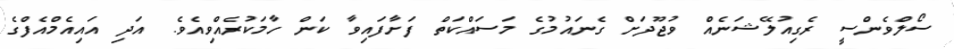
ސޯލްވެންސީ ރެގިއުލޭޝަނެއް ވުޖޫދަށް ގެނައުމުގެ މަސައްކަތް ފަށާފައިވާ ކަން ހާމަކުރެއްވިއެވެ. އަދި އައިއެމްއެފްގެ